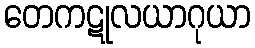
တေကဋုလယာဂုယာ